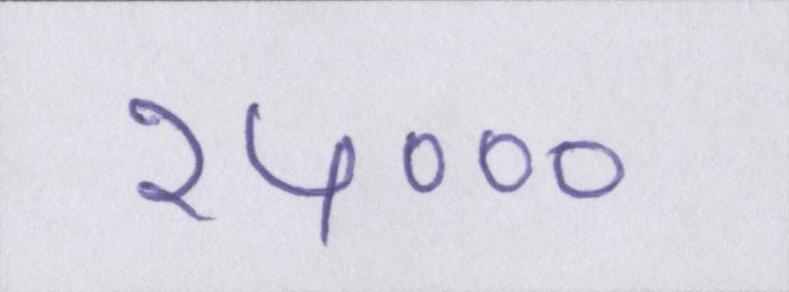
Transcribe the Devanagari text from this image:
२५०००